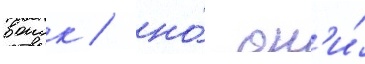
воиск / но́ он'и́